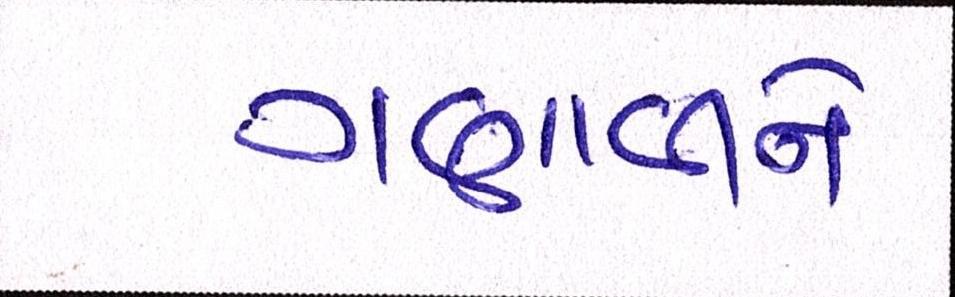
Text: ગણાવીને